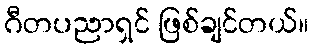
ဂီတပညာရှင် ဖြစ်ချင်တယ်။